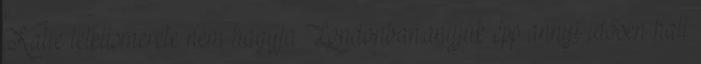
Katie lelkiismerete nem hagyja Londonban.anyjuk épp annyi idősen halt